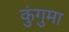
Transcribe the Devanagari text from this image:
कुंगुमा